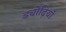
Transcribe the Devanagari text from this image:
ड्योढ़ियाँ